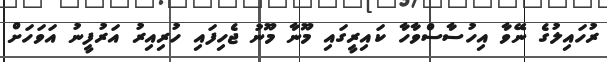
ރުހައިލުގެ ނޭވާ އިހުސާސްވާހާ ކައިރީގައި މޫނާ މޫނު ޖެހިފައި ހުރިއިރު އަރުފީނު އަވަހަށް